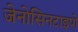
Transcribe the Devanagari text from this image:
जेनोसिनटाइपों